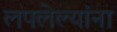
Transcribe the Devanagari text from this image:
लपलेल्‍यांना